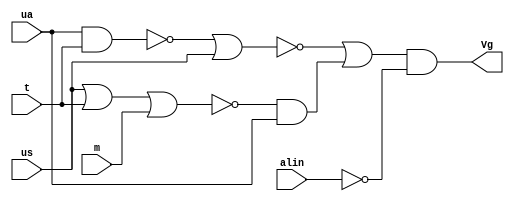
// Declarao do mdulo
module gotejamento (us, ua, t, m, alin, Vg);

	// Declarao das portas
	input us, ua, t, alin, m;
	output Vg;
	
	// Declarao dos fios intermedirios
	wire w1, w2, w3, w4, w5, w6;
	
	// Lgica do circuito
	nand nand0 (w1, ua, t);
	nor nor0 (w2, w1, us);
	nor nor1 (w3, us, t, m);
	and and0 (w4, w3, ua);
	or or0 (w5, w2, w4);
	not not0 (w6, alin);
	and and1 (Vg, w5, w6);
	
endmodule